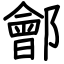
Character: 鄶